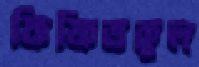
ফিফিতকুল